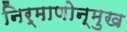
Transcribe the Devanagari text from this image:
निर्माणोन्मुख